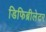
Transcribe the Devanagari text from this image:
डिफिब्रीलेटर